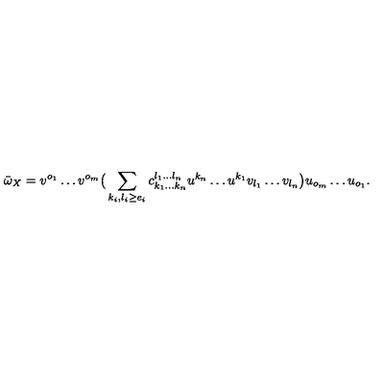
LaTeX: \bar { \omega } _ { X } = v ^ { o _ { 1 } } \dots v ^ { o _ { m } } \big ( \sum _ { k _ { i } , l _ { i } \ge e _ { i } } c _ { k _ { 1 } \dots k _ { n } } ^ { l _ { 1 } \dots l _ { n } } u ^ { k _ { n } } \dots u ^ { k _ { 1 } } v _ { l _ { 1 } } \dots v _ { l _ { n } } \big ) u _ { o _ { m } } \dots u _ { o _ { 1 } } .